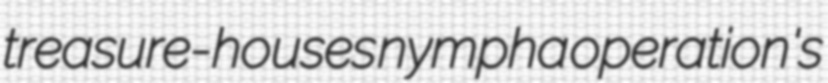
treasure-houses nympha operation's